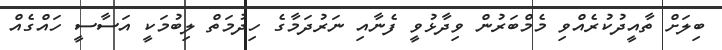
ބިލަށް ތާއީދުކުރެއްވި މެމްބަރުން ވިދާޅުވީ ފެނާއި ނަރުދަމާގެ ހިދުމަތް ލިބުމަކީ އަސާސީ ހައްގެއް